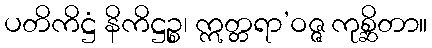
ပတိကိဋ္ဌံ နိကိဋ္ဌဉ္စ၊ ဣတ္တရာ’ဝဇ္ဇ ကုစ္ဆိတာ။